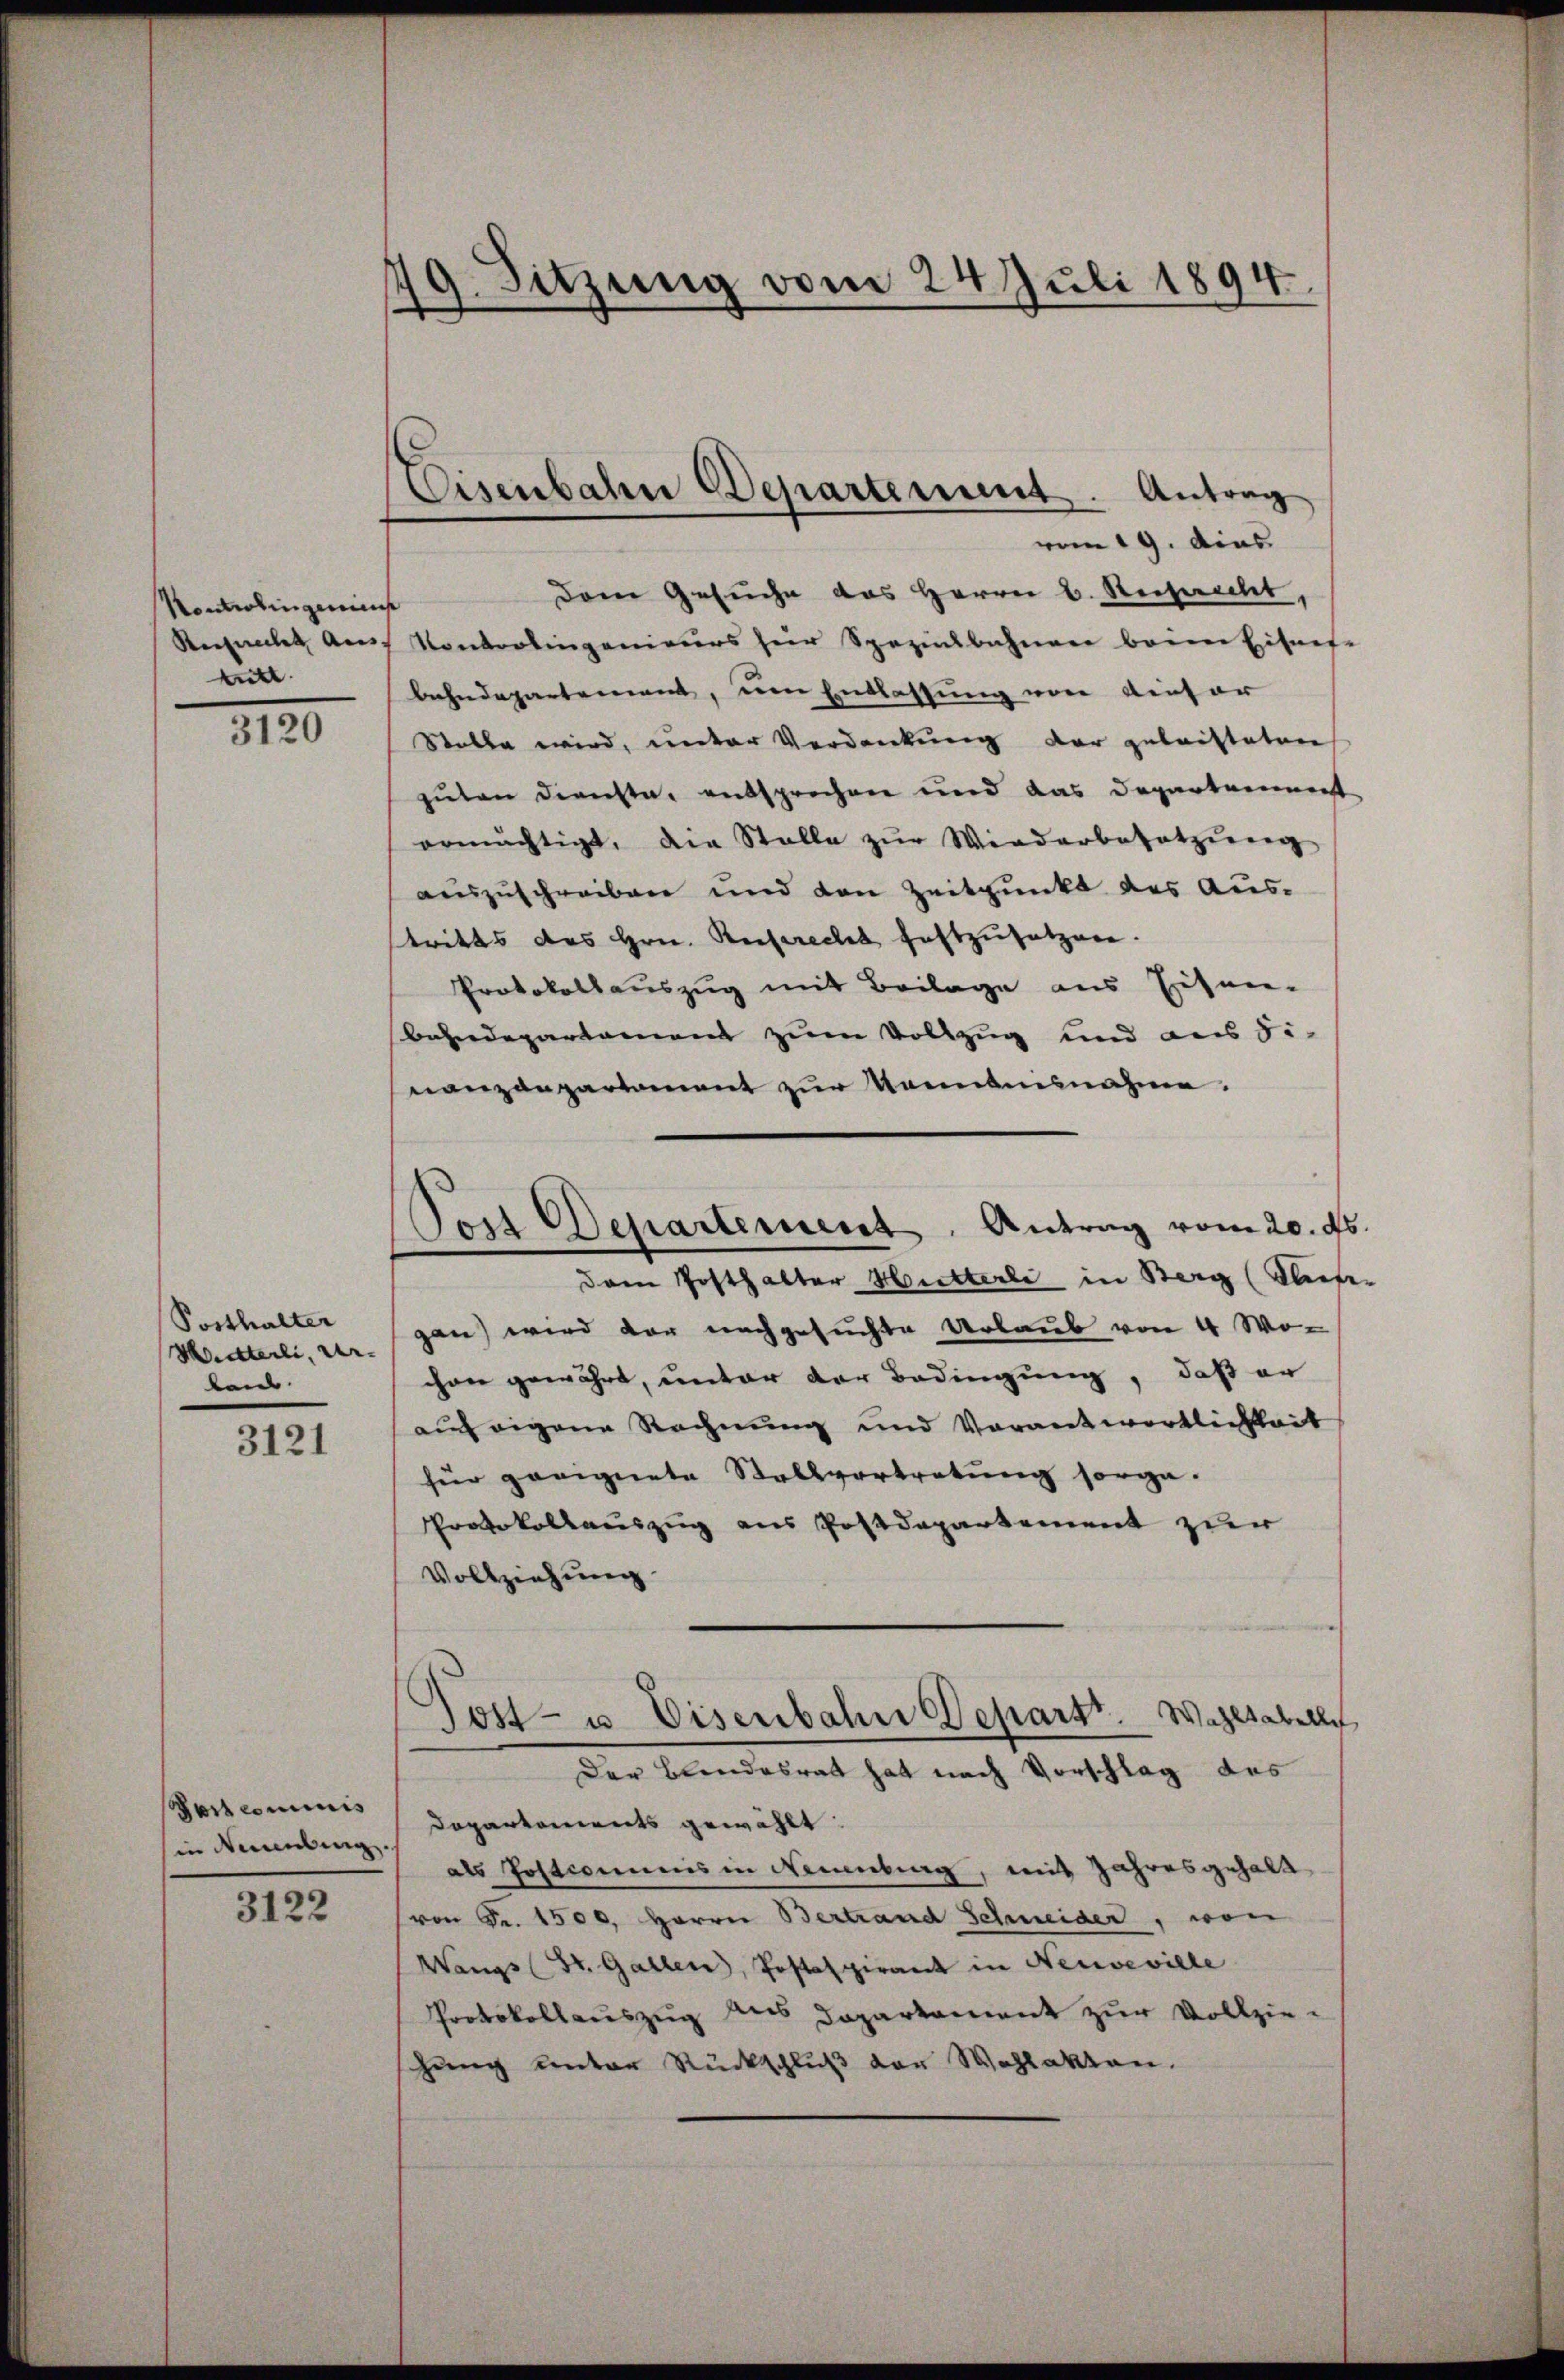
Kontroling eins
rull.

3120

Posthalter
Wietterli, Ur-
laub.

3121

(...)commis
in Neuenburg,

3122

49. Sitzung vom 24. Juli 1894.

Eisenbahn Departement. Antrag

vom 19. dies
Dem Gesuche das Herrn u. Rechnecht,
Rerfrecht des Kontrolingenieurs für Spazinsbahnen beim Eisnes-
bahndepartement, um Entlassung von Liefer
Stelle wird, unter Verdankung der geleisteten
guten dienste, entsprechen und das Departement
ermächtigt, die Stalle zŭr Wiederbesetzŭng
auszuschreiben und den Zeitpunkt des Ausstritts des Hrn. Beisprecht festzusetzen.
Protokollauszug mit Beilage aus Eisen-
bahndepartament zum Vollzug und aus Se-
nanzenpartament zur Kenntnisnahme.
Dem Posthalter Hutterli in Berg (Fliefer
gan) wird der nachgesuchte Urlaub von 4 Wo-
chon gewährt, unter der Bedingung, daß er
auch eigene Rechnung und Vorantwortlichkeit
für geeignete Stellvertretung sorge.
Protokollauszug aus Postdepartement zur
Vollziehung
Post- u. Eisenbahn Depart. Wahltabelle
Der Blindesrat hat nach Vorschlag des
Dapartements gewählt:
als Postcomunis in Neuenburg, mit Jahresgehalt
(von Fr. 1500. Herrn Bertrand Schmeider, von
Wangs (St. Gallen, Postspirant in Neuveville
Protokollauszug aus Departement zur Vollzieschung unter Rückschluß der Wahlakten.

Soit Departement. Antrag vom 20. ds.